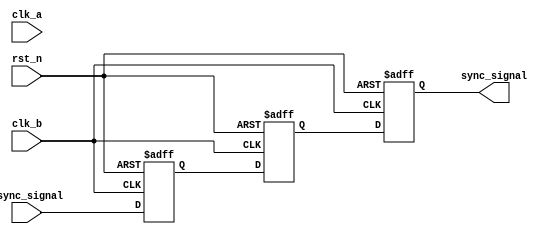
module signal_crossing_synchronizer (
    input wire clk_a,          // Clock for Domain A
    input wire clk_b,          // Clock for Domain B
    input wire rst_n,          // Active-low reset signal
    input wire async_signal,    // Asynchronous input signal from Domain A
    output reg sync_signal      // Synchronized output signal in Domain B
);

// Internal signals for the flip-flops
reg async_signal_d1; // First stage of synchronization
reg async_signal_d2; // Second stage of synchronization

// Synchronization process
always @(posedge clk_b or negedge rst_n) begin
    if (!rst_n) begin
        async_signal_d1 <= 1'b0; // Reset the first flip-flop
        async_signal_d2 <= 1'b0; // Reset the second flip-flop
        sync_signal <= 1'b0;      // Reset the synchronized output
    end else begin
        async_signal_d1 <= async_signal; // Sample the async signal
        async_signal_d2 <= async_signal_d1; // Sample the first flip-flop output
        sync_signal <= async_signal_d2; // Output the second flip-flop output
    end
end

endmodule